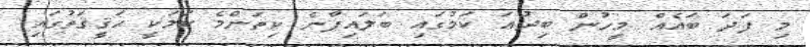
މި ފަދަ ބައެއް މީހުން ބިދުޢަ ކަމުގައި ބަލައިފާނެ ކިތަންމެ ކަމަކީ ޙަޤީޤަތުގައި